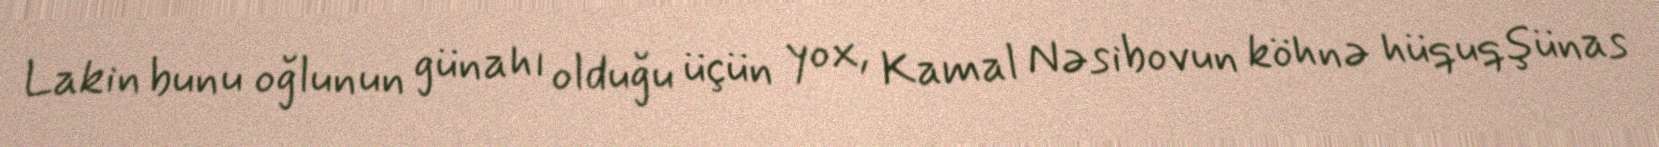
Lakin bunu oğlunun günahı olduğu üçün yox, Kamal Nəsibovun köhnə hüquqşünas